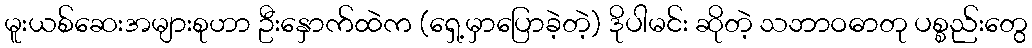
မူးယစ်ဆေးအများစုဟာ ဦးနှောက်ထဲက (ရှေ့မှာပြောခဲ့တဲ့) ဒိုပါမင်း ဆိုတဲ့ သဘာဝဓာတု ပစ္စည်းတွေ